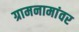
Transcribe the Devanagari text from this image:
ग्रामनामांवर